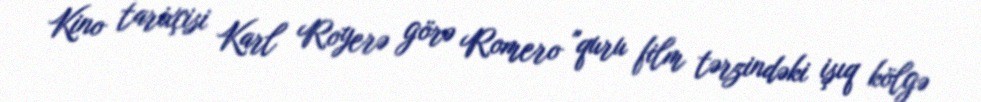
Kino tarixçisi Karl Royerə görə Romero "quru film tərzindəki işıq kölgə